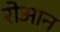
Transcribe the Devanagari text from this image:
रोआन